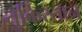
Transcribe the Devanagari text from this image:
तुर्किस्‍तान